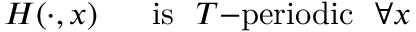
H ( \cdot , x ) \ \ \ \ \ \mathrm { i s } \ \ T \mathrm { - p e r i o d i c } \ \ \forall x